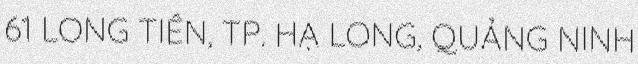
61 LONG TIÊN, TP. HẠ LONG, QUẢNG NINH